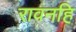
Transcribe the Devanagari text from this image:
रावनहि